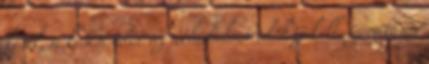
késik, a késési idõt az áthidalási idõhöz kell számítani.